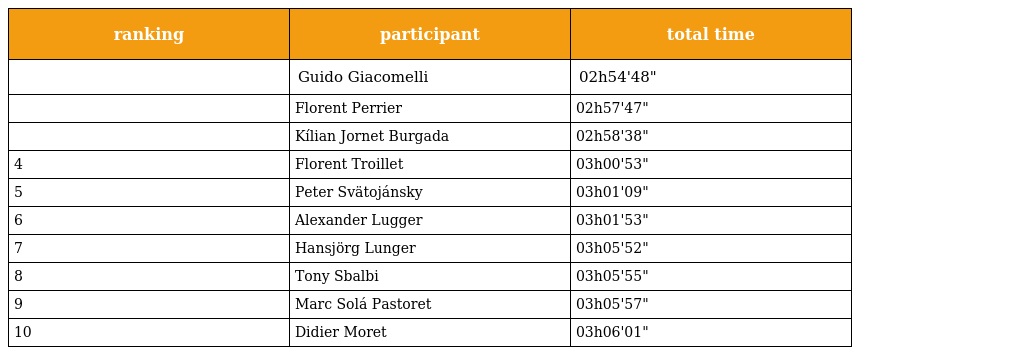
| ranking | participant | total time |
 | --- | --- | --- |
 |  | Guido Giacomelli | 02h54'48" |
 |  | Florent Perrier | 02h57'47" |
 |  | Kílian Jornet Burgada | 02h58'38" |
 | 4 | Florent Troillet | 03h00'53" |
 | 5 | Peter Svätojánsky | 03h01'09" |
 | 6 | Alexander Lugger | 03h01'53" |
 | 7 | Hansjörg Lunger | 03h05'52" |
 | 8 | Tony Sbalbi | 03h05'55" |
 | 9 | Marc Solá Pastoret | 03h05'57" |
 | 10 | Didier Moret | 03h06'01" |